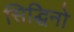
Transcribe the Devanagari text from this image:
सिद्धिनो